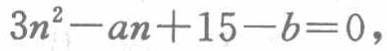
\(3n^{2}-an + 15 - b = 0\)